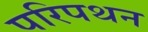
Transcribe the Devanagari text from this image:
परिपथन